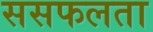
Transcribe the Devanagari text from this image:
ससफलता